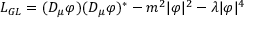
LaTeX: { \cal L } _ { G L } = ( D _ { \mu } \varphi ) ( D _ { \mu } \varphi ) ^ { \ast } - m ^ { 2 } | \varphi | ^ { 2 } - \lambda | \varphi | ^ { 4 }